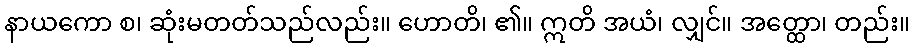
နာယကော စ၊ ဆုံးမတတ်သည်လည်း။ ဟောတိ၊ ၏။ ဣတိ အယံ၊ လျှင်။ အတ္ထော၊ တည်း။